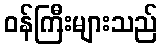
ဝန်ကြီးများသည်